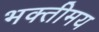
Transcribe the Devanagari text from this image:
भक्तीमय